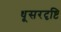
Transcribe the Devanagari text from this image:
धूसरदृष्टि